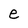
Character: e